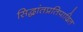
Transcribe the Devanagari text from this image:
सिद्धांतप्रतिपादित